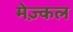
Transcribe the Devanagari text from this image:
मेज़्कल